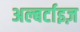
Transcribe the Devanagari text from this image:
अल्बर्टाइज़